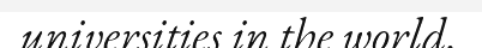
universities in the world.